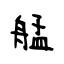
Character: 艋